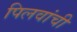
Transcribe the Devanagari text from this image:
पिलवांची